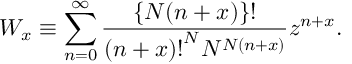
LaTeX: W _ { x } \equiv \sum _ { n = 0 } ^ { \infty } \frac { \{ N ( n + x ) \} ! } { { ( n + x ) ! } ^ { N } N ^ { N ( n + x ) } } z ^ { n + x } .